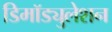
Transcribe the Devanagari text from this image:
डिमॉड्युलेशन